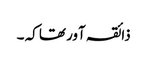
ذائقہ آور تھا کہ ۔